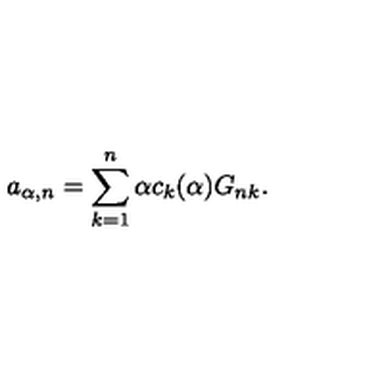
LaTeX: a _ { \alpha , n } = \sum _ { k = 1 } ^ { n } \alpha c _ { k } ( { \alpha } ) G _ { n k } .